Civil Veterinary Department Bengal reports 1933-51 - 1933-1951
Year: 1933
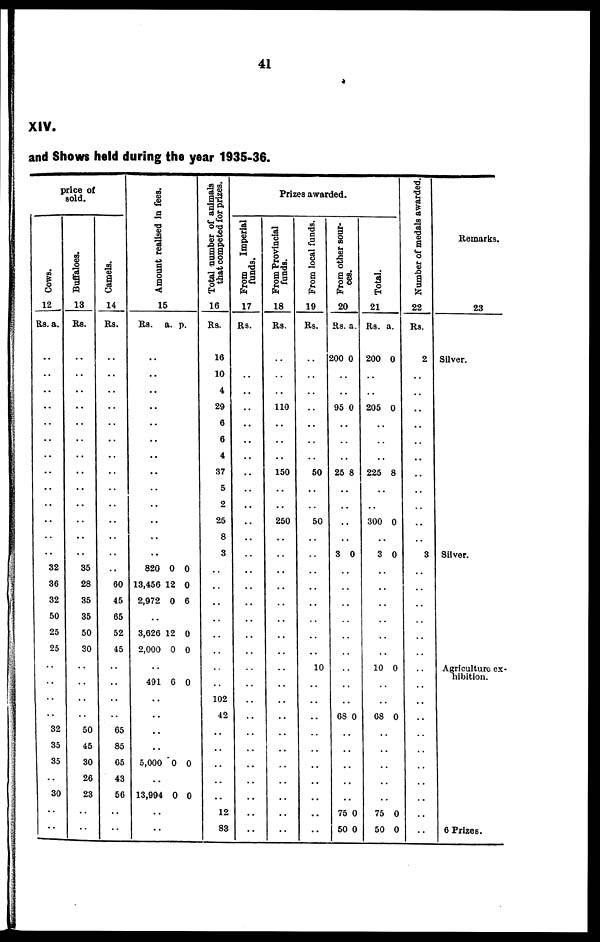
41
XIV.
and Shows held during the year 1935-36.
price of
sold.
Cows.
12
Rs. a.
..
..
..
..
..
..
..
..
..
..
..
..
..
32
36
32
50
25
25
..
..
..
..
32
35
35
..
30
..
..
Buffaloes.
13
Rs.
..
..
..
..
..
..
..
..
..
..
..
..
..
35
28
35
35
50
30
..
..
..
..
50
45
30
26
23
..
..
Camels.
14
Rs.
..
..
..
..
..
..
..
..
..
..
..
..
..
..
60
45
65
52
45
..
..
..
..
65
85
65
43
56
..
..
Amount realised in f ees.
15
Rs.
..
..
..
..
..
..
..
..
..
..
..
..
..
820
13,456
2,972
..
3,626
2,000
..
491
..
..
..
..
5,000
..
13,994
..
..
a.
0
12
0
12
9
6
0
0
p.
0
0
6
0
0
0
0
0
Total number of animals
that competed for prizes.
16
Rs.
16
10
4
29
6
6
4
37
5
2
25
8
3
..
..
..
..
..
..
..
..
102
42
..
..
..
..
..
12
83
Prizes awarded.
Fr om Imperial
f unds .
17
Rs.
..
..
..
..
..
..
..
..
..
..
..
..
..
..
..
..
..
..
..
..
..
..
..
..
..
..
..
Fr om Provincial
f unds .
18
Rs.
110
150
250
From local funds.
19
Rs.
..
..
..
..
..
..
..
50
..
..
50
..
..
..
..
..
..
..
..
10
..
..
..
..
..
..
..
..
..
..
Fr om other sour-
ces.
20
Rs.
200
..
..
95
..
..
..
25
..
..
..
..
3
..
..
..
..
..
..
..
..
..
68
..
..
..
..
..
75
50
a.
0
0
8
0
0
0
0
Total.
21
Rs.
200
..
..
205
..
..
..
225
..
..
300
..
3
..
..
..
..
..
..
10
..
..
68
..
..
..
..
..
75
50
a.
0
0
8
0
0
0
0
0
0
Number of medals awarded.
22
Rs.
2
..
..
..
..
..
..
..
..
..
..
..
3
..
..
..
..
..
..
..
..
..
..
..
..
..
..
..
..
..
Remarks.
23
Silver.
Silver.
Agriculture ex-
hibition.
6 Prizes.